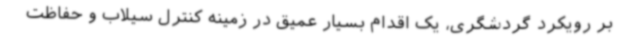
بر رویکرد گردشگری،‌ یک اقدام بسیار عمیق در زمینه کنترل سیلاب و حفاظت